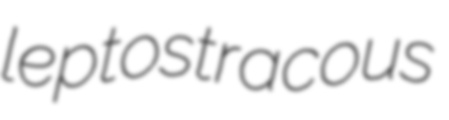
leptostracous